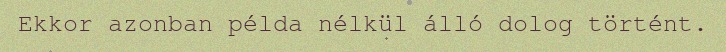
Ekkor azonban példa nélkül álló dolog történt.